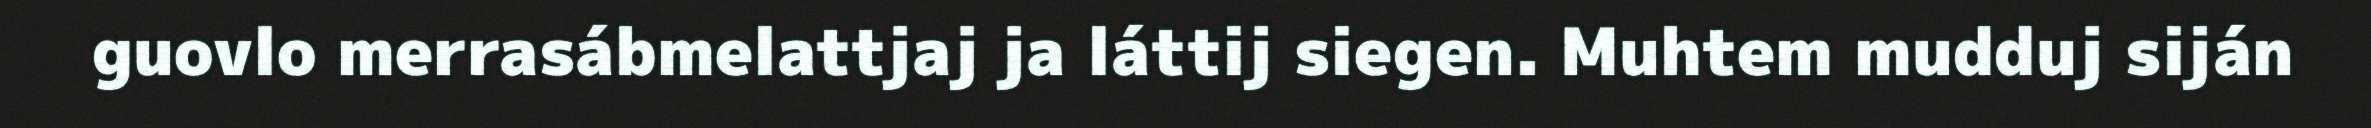
guovlo merrasábmelattjaj ja láttij siegen. Muhtem mudduj siján